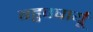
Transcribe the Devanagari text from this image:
बहुवषार्यू